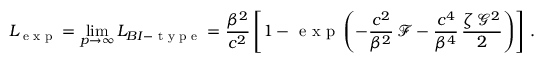
L _ { \textrm { e x p } } = \operatorname* { l i m } _ { p \rightarrow \infty } L _ { B I - \textrm { t y p e } } = \frac { \beta ^ { 2 } } { c ^ { 2 } } \left[ 1 - \textrm { e x p } \left( - \frac { c ^ { 2 } } { \beta ^ { 2 } } \, \mathcal { F } - \frac { c ^ { 4 } } { \beta ^ { 4 } } \, \frac { \zeta \, \mathcal { G } ^ { 2 } } { 2 } \right) \right] \, .